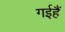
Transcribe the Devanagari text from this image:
गईहैं